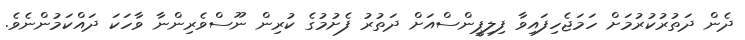
ދެން ދަތުރުކުރުމަށް ހަމަޖެހިފައިވާ ފިލިޕީންސްއަށް ދަތުރު ފެށުމުގެ ކުރިން ނޫސްވެރިންނާ ވާހަކަ ދައްކަމުންނެވެ.